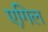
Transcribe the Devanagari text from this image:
एगिल